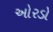
ઓરડો